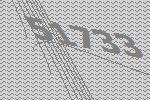
51733